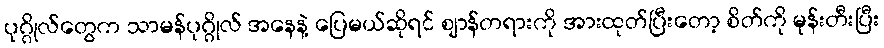
ပုဂ္ဂိုလ်တွေက သာမန်ပုဂ္ဂိုလ် အနေနဲ့ ပြေမယ်ဆိုရင် ဈာန်တရားကို အားထုတ်ပြီးတော့ စိတ်ကို မုန်းတီးပြီး